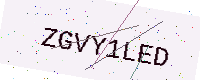
Text: ZGVY1LED